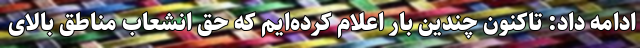
ادامه داد: تاکنون چندین بار اعلام کرده‌ایم که حق انشعاب مناطق بالای